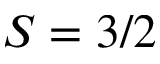
S = 3 / 2